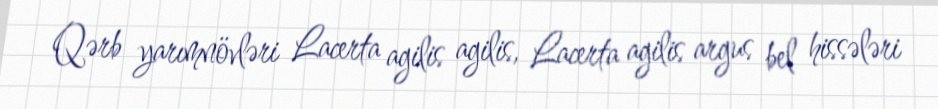
Qərb yarımnövləri Lacerta agilis agilis, Lacerta agilis argus bel hissələri